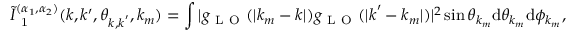
\tilde { I } _ { \mathrm { ~ 1 ~ } } ^ { ( \alpha _ { 1 } , \alpha _ { 2 } ) } ( k , k ^ { \prime } , \theta _ { \boldsymbol { k } , \boldsymbol { k } ^ { \prime } } , k _ { m } ) = \int | g _ { \mathrm { ~ L ~ O ~ } } ( | k _ { m } - \boldsymbol { k } | ) g _ { \mathrm { ~ L ~ O ~ } } ( | \boldsymbol { k } ^ { \prime } - k _ { m } | ) | ^ { 2 } \sin \theta _ { k _ { m } } \mathrm { d } \theta _ { k _ { m } } \mathrm { d } \phi _ { k _ { m } } ,